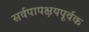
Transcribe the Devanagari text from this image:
सर्वपापक्षयपूर्वक